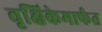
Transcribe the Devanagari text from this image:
वृक्षिकेमार्फत